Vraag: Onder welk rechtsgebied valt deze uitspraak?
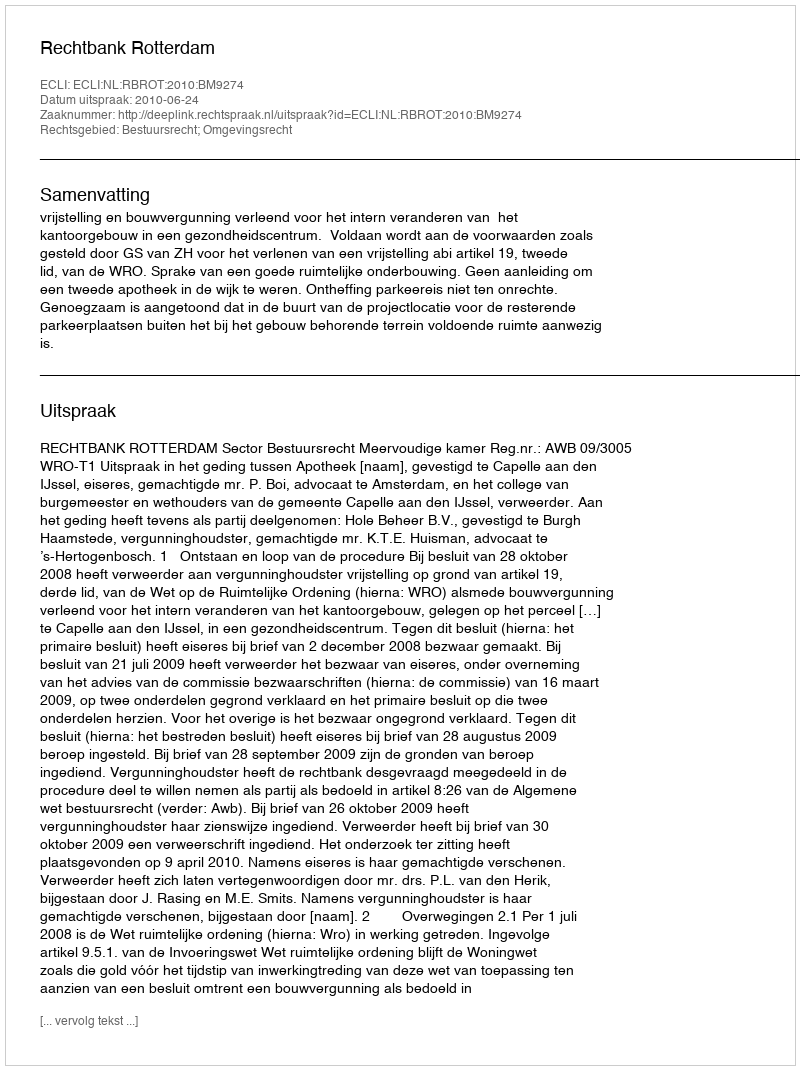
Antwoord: Bestuursrecht; Omgevingsrecht